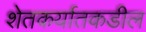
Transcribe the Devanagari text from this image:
शेतकर्यातकडील